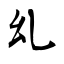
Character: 乣